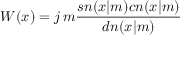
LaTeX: W ( x ) = j \, m { \frac { s n ( x | m ) c n ( x | m ) } { d n ( x | m ) } }